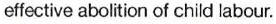
effective abolition of child labour.